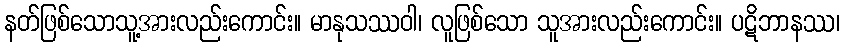
နတ်ဖြစ်သောသူ့အားလည်းကောင်း။ မာနုသဿဝါ၊ လူဖြစ်သော သူအားလည်းကောင်း။ ပဋိဘာနဿ၊